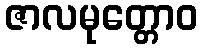
ဇာလမုတ္တောဝ